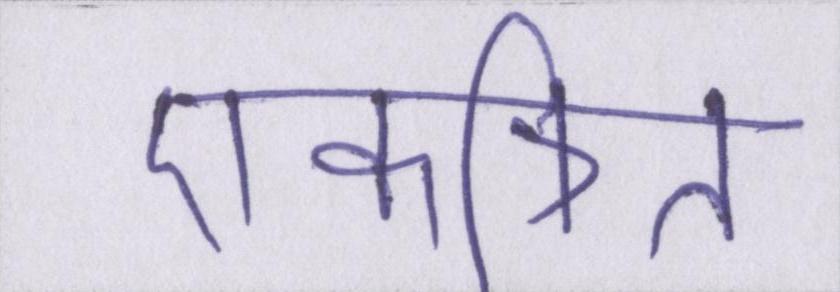
एकत्रित